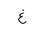
Letter: _gayn